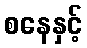
စနေနှင့်